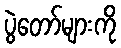
ပွဲတော်များကို